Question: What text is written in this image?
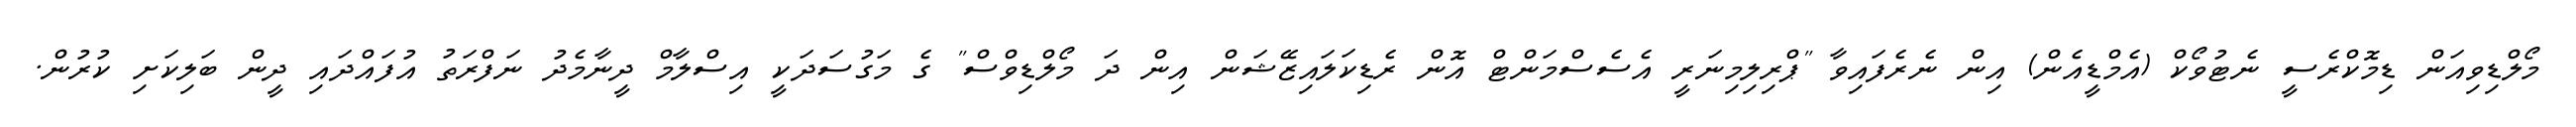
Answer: މޯލްޑިވިއަން ޑިމޮކްރެސީ ނެޓުވޯކް (އެމްޑީއެން) އިން ނެރެފައިވާ "ޕްރިލިމިނަރީ އެސެސްމަންޓް އޮން ރެޑިކަލައިޒޭޝަން އިން ދަ މޯލްޑިވްސް" ގެ މަގުސަދަކީ އިސްލާމް ދީނާމެދު ނަފްރަތު އުފައްދައި ދީން ބަލިކަށި ކުރުން.